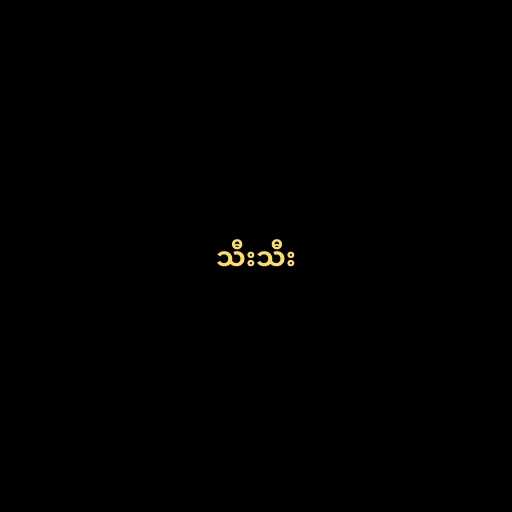
သီးသီး